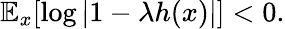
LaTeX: \mathbb{E}_{x}[\log|1-\lambda h(x)|]<0.